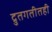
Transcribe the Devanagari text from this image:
द्रुतगतीतही